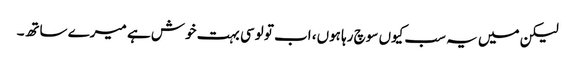
لیکن میں یہ سب کیوں سوچ رہا ہوں، اب تو لوسی بہت خوش ہے میرے ساتھ۔